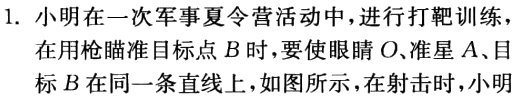
1. 小明在一次军事夏令营活动中，进行打靶训练，在用枪瞄准目标点\(B\)时，要使眼睛\(O\)、准星\(A\)、目标\(B\)在同一条直线上，如图所示，在射击时，小明